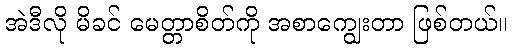
အဲဒီလို မိခင် မေတ္တာစိတ်ကို အစာကျွေးတာ ဖြစ်တယ်။